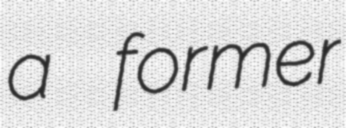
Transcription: a former